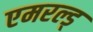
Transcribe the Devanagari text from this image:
एमरल्ड्